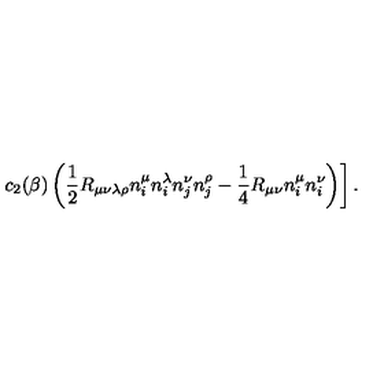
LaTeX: \left. c _ { 2 } ( \beta ) \left( \frac 1 2 R _ { \mu \nu \lambda \rho } n _ { i } ^ { \mu } n _ { i } ^ { \lambda } n _ { j } ^ { \nu } n _ { j } ^ { \rho } - \frac 1 4 R _ { \mu \nu } n _ { i } ^ { \mu } n _ { i } ^ { \nu } \right) \right] .